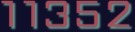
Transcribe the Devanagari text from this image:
११३५२